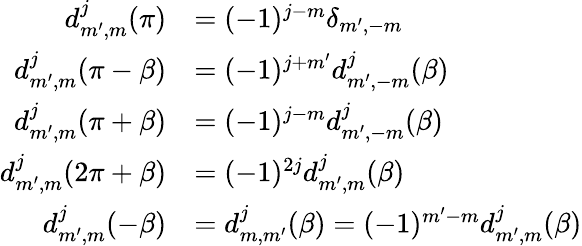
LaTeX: {\begin{array}{rl}{d_{m^{\prime},m}^{j}(\pi)}&{=(-1)^{j-m}\delta_{m^{\prime},-m}}\\ {d_{m^{\prime},m}^{j}(\pi-\beta)}&{=(-1)^{j+m^{\prime}}d_{m^{\prime},-m}^{j}(\beta)}\\ {d_{m^{\prime},m}^{j}(\pi+\beta)}&{=(-1)^{j-m}d_{m^{\prime},-m}^{j}(\beta)}\\ {d_{m^{\prime},m}^{j}(2\pi+\beta)}&{=(-1)^{2j}d_{m^{\prime},m}^{j}(\beta)}\\ {d_{m^{\prime},m}^{j}(-\beta)}&{=d_{m,m^{\prime}}^{j}(\beta)=(-1)^{m^{\prime}-m}d_{m^{\prime},m}^{j}(\beta)}\end{array}}